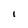
Character: I